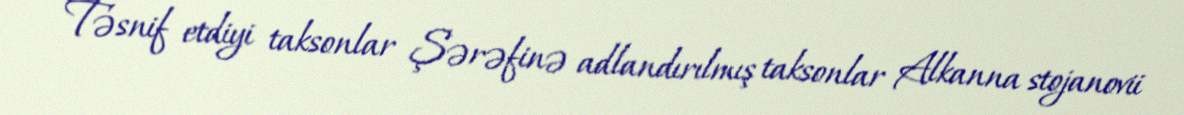
Təsnif etdiyi taksonlar Şərəfinə adlandırılmış taksonlar Alkanna stojanovii